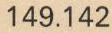
149.142